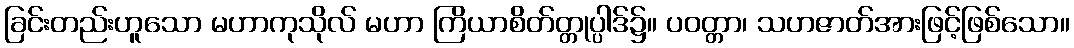
ခြင်းတည်းဟူသော မဟာကုသိုလ် မဟာ ကြိယာစိတ်တ္တုပ္ပါဒ်၌။ ပဝတ္တာ၊ သဟဇာတ်အားဖြင့်ဖြစ်သော။